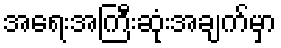
အရေးအကြီးဆုံးအချက်မှာ